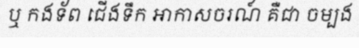
ឬ កងទ័ព ជើងទឹក អាកាសចរណ៍ គឺជា ចម្បង